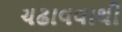
ચઢાવવાથી